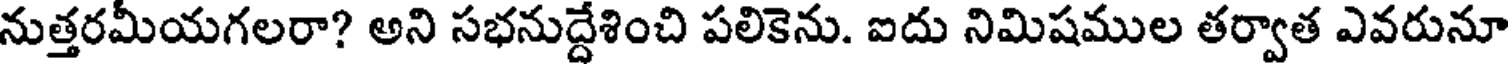
నుత్తరమీయగలరా? అని సభనుద్దేశించి పలికెను. ఐదు నిమిషముల తర్వాత ఎవరునూ